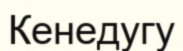
Кенедугу